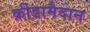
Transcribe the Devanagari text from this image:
क्रीडामैदान